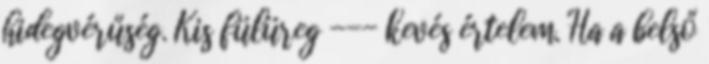
hidegvérűség. Kis fülüreg --- kevés értelem. Ha a belső